Annual report of the Punjab Veterinary College and of the Civil Veterinary Department, Punjab - 1894-1908
Year: 1894
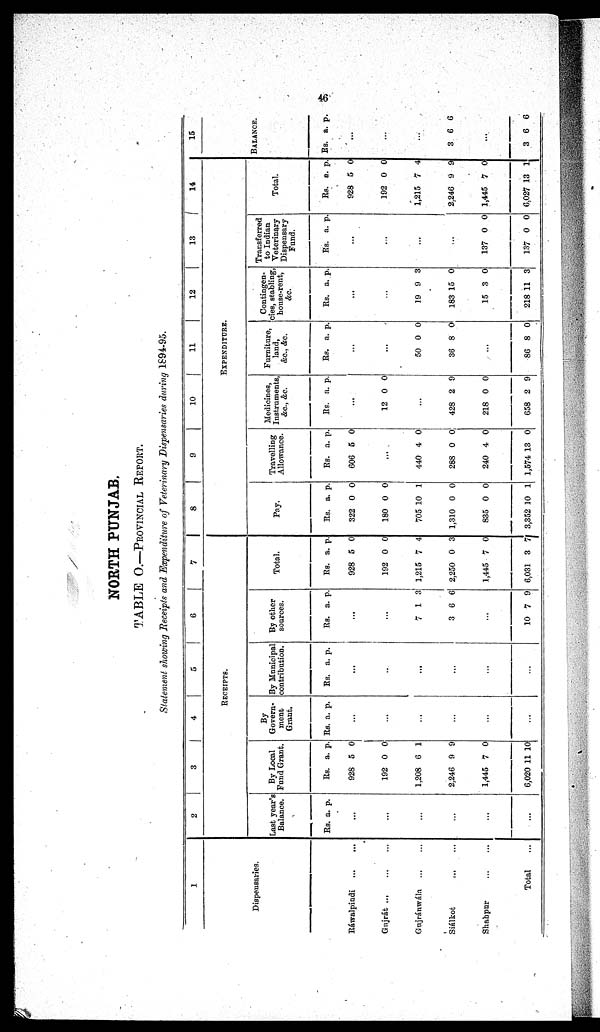
46
NORTH PUNJAB.
TABLE O.—PROVINCIAL REPORT.
Statement showing Receipts and Expenditure of Veterinary Dispensaries during 1894-95.
1
Dispensaries.
Ráwalpindi
...
...
Gujrát ... ... ...
Gujránwála ... ...
Siálkot ... ...
Shabpur
...
...
Total ...
2
3
4
5
6
7
RECEIPTS
Last year's
Balance.
Rs. a. p.
...
...
...
...
...
...
By Local
Fund Grant.
Rs.
928
192
1,208
2,246
1,445
6,020
a.
5
0
6
9
7
11
p.
0
0
1
9
0
10
By
Govern-
ment
Grant.
Rs. a. p.
...
...
...
...
...
...
By Municipal
contribution.
Rs. a. p.
...
...
...
...
...
...
By other
sources.
Rs. a. p.
...
...
7
3
1
6
3
6
...
10 7 9
Total.
Rs.
928
192
1,215
2,250
1,445
6,031
a.
5
0
7
0
7
3
p.
0
0
4
3
0
7
8
9
10
11
12
13
14
EXPENDITURE
Pay.
Rs.
322
180
705
1,310
835
3,352
a.
0
0
10
0
0
10
p.
0
0
1
0
0
1
Travelling
Allowance.
Rs.
606
a.
5
p.
0
...
440
288
240
1,574
4
0
4
13
0
0
0
0
Medicines,
Instruments,
&c., &c.
Rs. a. p.
...
12 0 0
...
428
218
658
2
0
2
9
0
9
Furniture,
land,
&c., &c.
Rs. a. p.
...
...
50
36
0
8
0
0
...
86 8 0
Contingen-
cies, stabling,
house-rent,
&c.
Rs. a. p.
...
...
19
183
15
218
9
15
3
11
3
0
0
3
Transferred
to Indian
Veterinary
Dispensary
Fund.
Rs. a. p.
...
...
...
...
137
137
0
0
0
0
Total.
Rs.
928
192
1,215
2,246
1,445
6,027
a.
5
0
7
9
7
13
p.
0
0
4
9
0
1
15
BALANCE.
Rs. a. p.
...
...
...
3 6 6
...
3 6 6